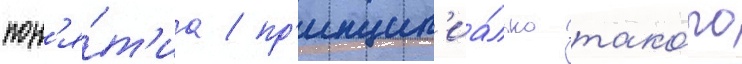
пон'я́т'иа / пр'инцип'иа́льно тако́го